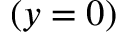
( y = 0 )